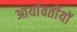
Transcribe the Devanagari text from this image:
आर्यावर्तीयों